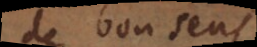
de bon sens,